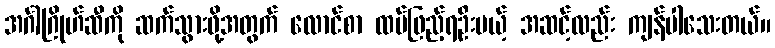
အင်္ဂါဂြိုဟ်ဆီကို ဆက်သွားဖို့အတွက် လောင်စာ ထပ်ဖြည့်ရဦးမယ့် အဆင့်လည်း ကျန်ပါသေးတယ်။